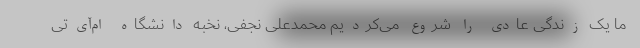
ما یک زندگی عادی را شروع می‌کردیم محمدعلی نجفی، نخبه دانشگاه ام‌آی‌تی